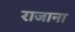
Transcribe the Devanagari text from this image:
राजाना